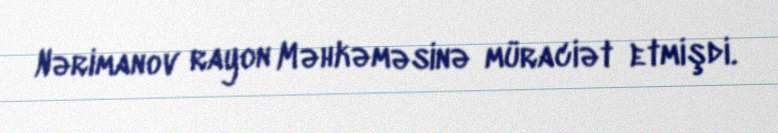
Nərimanov rayon Məhkəməsinə müraciət etmişdi.